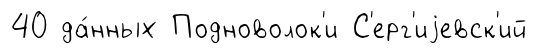
40 да́нных Подноволок'и С'ерг'иjевск'ий